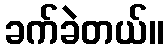
ခက်ခဲတယ်။